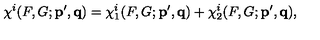
\chi ^ { i } ( F , G ; { \bf p ^ { \prime } , q } ) = \chi _ { 1 } ^ { i } ( F , G ; { \bf p ^ { \prime } , q } ) + \chi _ { 2 } ^ { i } ( F , G ; { \bf p ^ { \prime } , q } ) ,